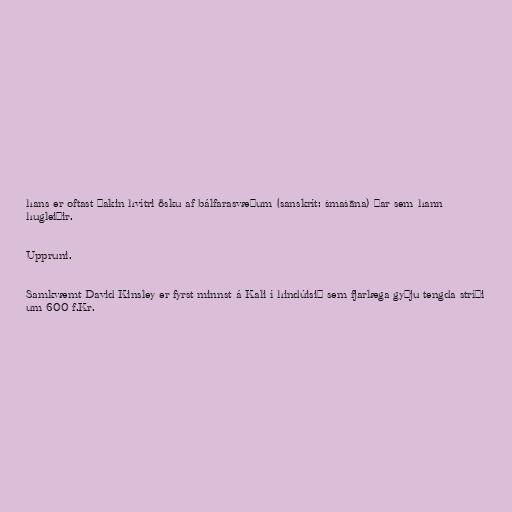
hans er oftast þakin hvítri ösku af bálfarasvæðum (sanskrít: śmaśāna) þar sem hann
hugleiðir.

Uppruni.

Samkvæmt David Kinsley er fyrst minnst á Kali í hindúisið sem fjarlæga gyðju tengda stríði
um 600 f.Kr.